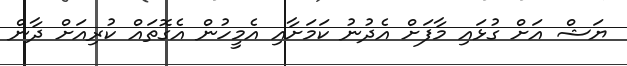
ޔަޝް އަށް ގުޅައި މާފަށް އެދުނު ކަމަށާއި އެމީހުން އެގޮތައް ކުރިއަށް ދާން